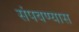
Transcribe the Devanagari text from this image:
संपवण्यास